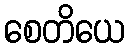
စေတိယေ